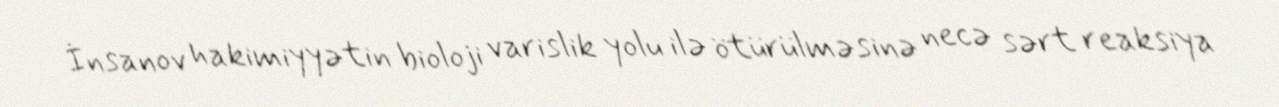
İnsanov hakimiyyətin bioloji varislik yolu ilə ötürülməsinə necə sərt reaksiya